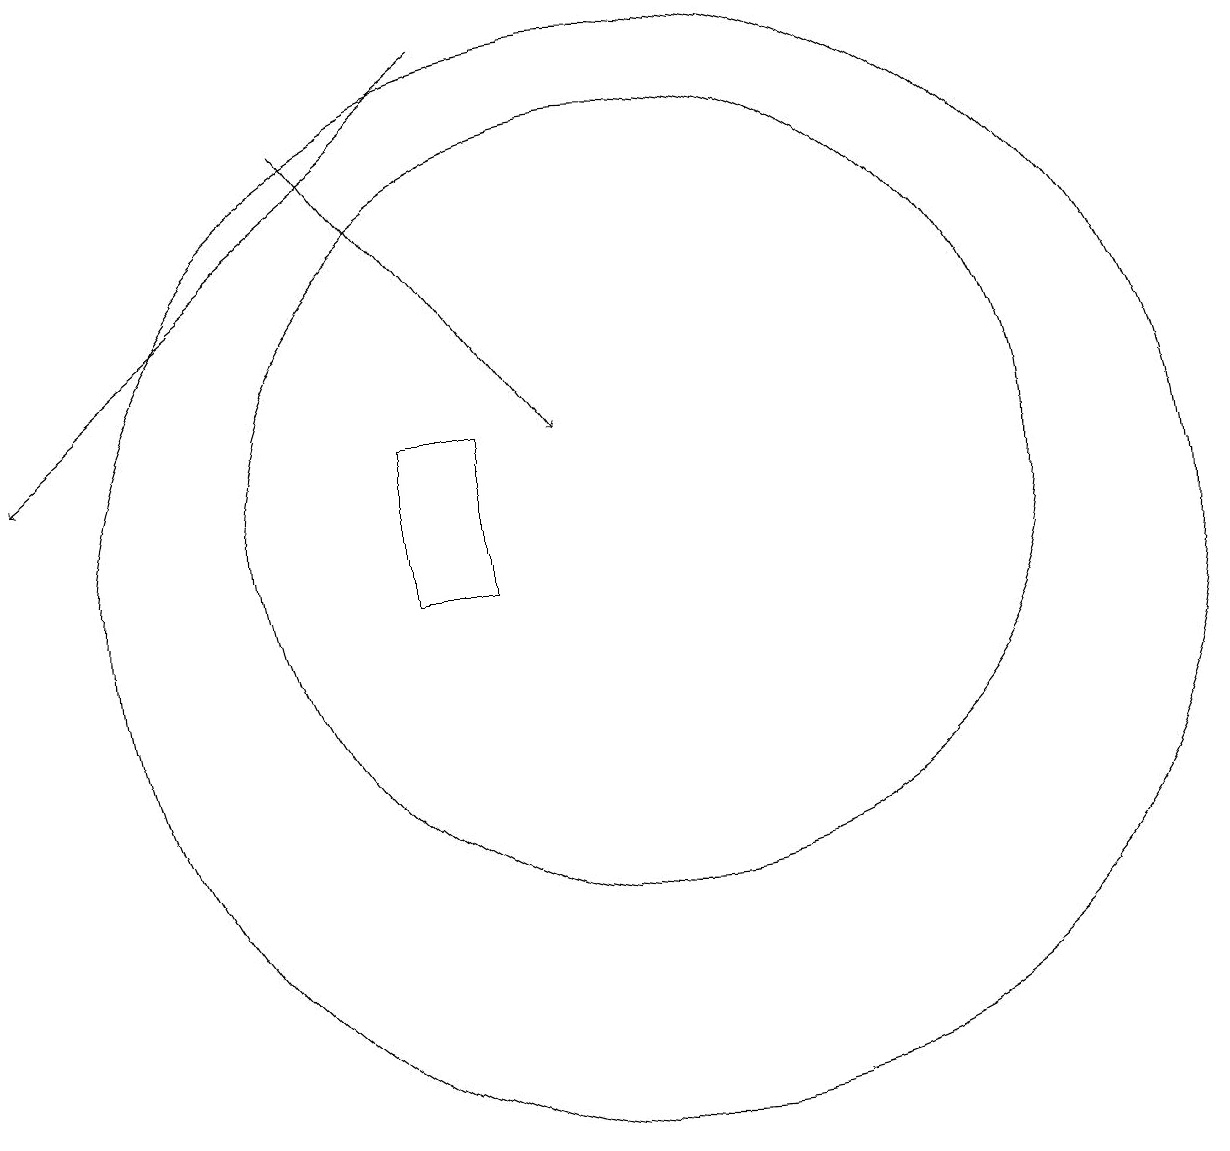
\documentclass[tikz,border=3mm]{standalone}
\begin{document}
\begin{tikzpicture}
\draw[->] (6,16) -- (9,12);
\draw[->] (8,17) -- (2,12);
\draw (10,11) circle (5);
\draw (7,10) rectangle (8,12);
\draw (10,10) circle (7);
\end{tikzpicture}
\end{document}